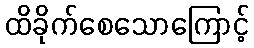
ထိခိုက်စေသောကြောင့်